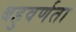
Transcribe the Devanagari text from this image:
बहुवर्णता